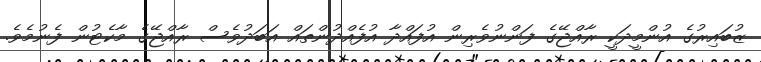
ޒުބައިރުގެ އުންމީދަކީ ރާއްޖޭގެ ފަންނުވެރިން އުފައްދާ އުފެއްދުންތައް އަބަދުވެސް ރާއްޖޭގެ މާކެޓުން ފެނުމެވެ.